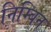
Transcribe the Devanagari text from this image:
निम्बिन